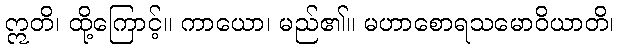
ဣတိ၊ ထို့ကြောင့်။ ကာယော၊ မည်၏။ မဟာစောရသမောဝိယာတိ၊